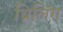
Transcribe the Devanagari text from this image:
थ्रिलिंग